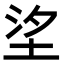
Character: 𡋆